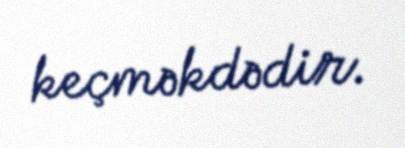
keçməkdədir.